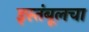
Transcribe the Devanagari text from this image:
इस्तंबूलचा